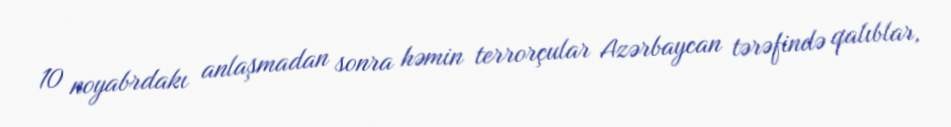
10 noyabrdakı anlaşmadan sonra həmin terrorçular Azərbaycan tərəfində qalıblar,